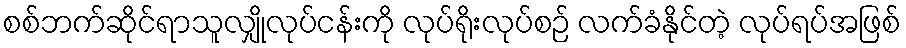
စစ်ဘက်ဆိုင်ရာသူလျှိုလုပ်ငန်းကို လုပ်ရိုးလုပ်စဉ် လက်ခံနိုင်တဲ့ လုပ်ရပ်အဖြစ်